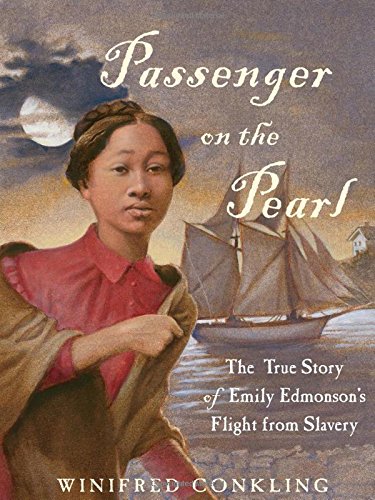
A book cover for Passenger on the Pearl: The True Story of Emily Edmonson's Flight from Slavery; Winifred Conkling; Teen & Young Adult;